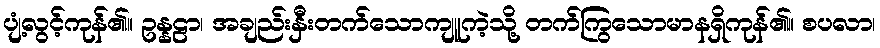
ပျံ့လွင့်ကုန်၏။ ဥန္နဠာ၊ အချည်းနှီးတက်သောကျူကဲ့သို့ တက်ကြွသောမာနရှိကုန်၏။ စပလာ၊